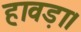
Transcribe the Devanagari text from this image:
हावड़ा।